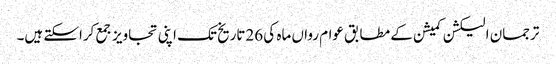
ترجمان الیکشن کمیشن کے مطابق عوام رواں ماہ کی 26تاریخ تک اپنی تجاویز جمع کراسکتے ہیں۔